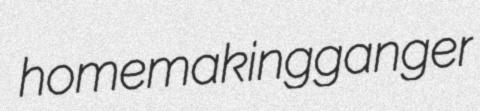
homemaking ganger